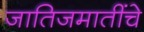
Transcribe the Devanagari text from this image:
जातिजमातींचे